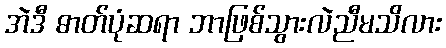
အဲဒီ ဓာတ်ပုံဆရာ ဘာဖြစ်သွားလဲညီမသိလား